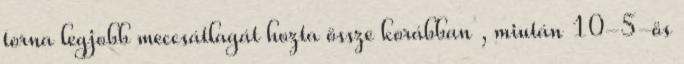
torna legjobb meccsátlagát hozta össze korábban , miután 10-5-ös